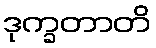
ဒုက္ခတာတိ